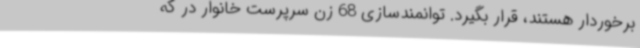
برخوردار هستند، قرار بگیرد. توانمندسازی 68 زن سرپرست خانوار در که